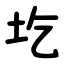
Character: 圪